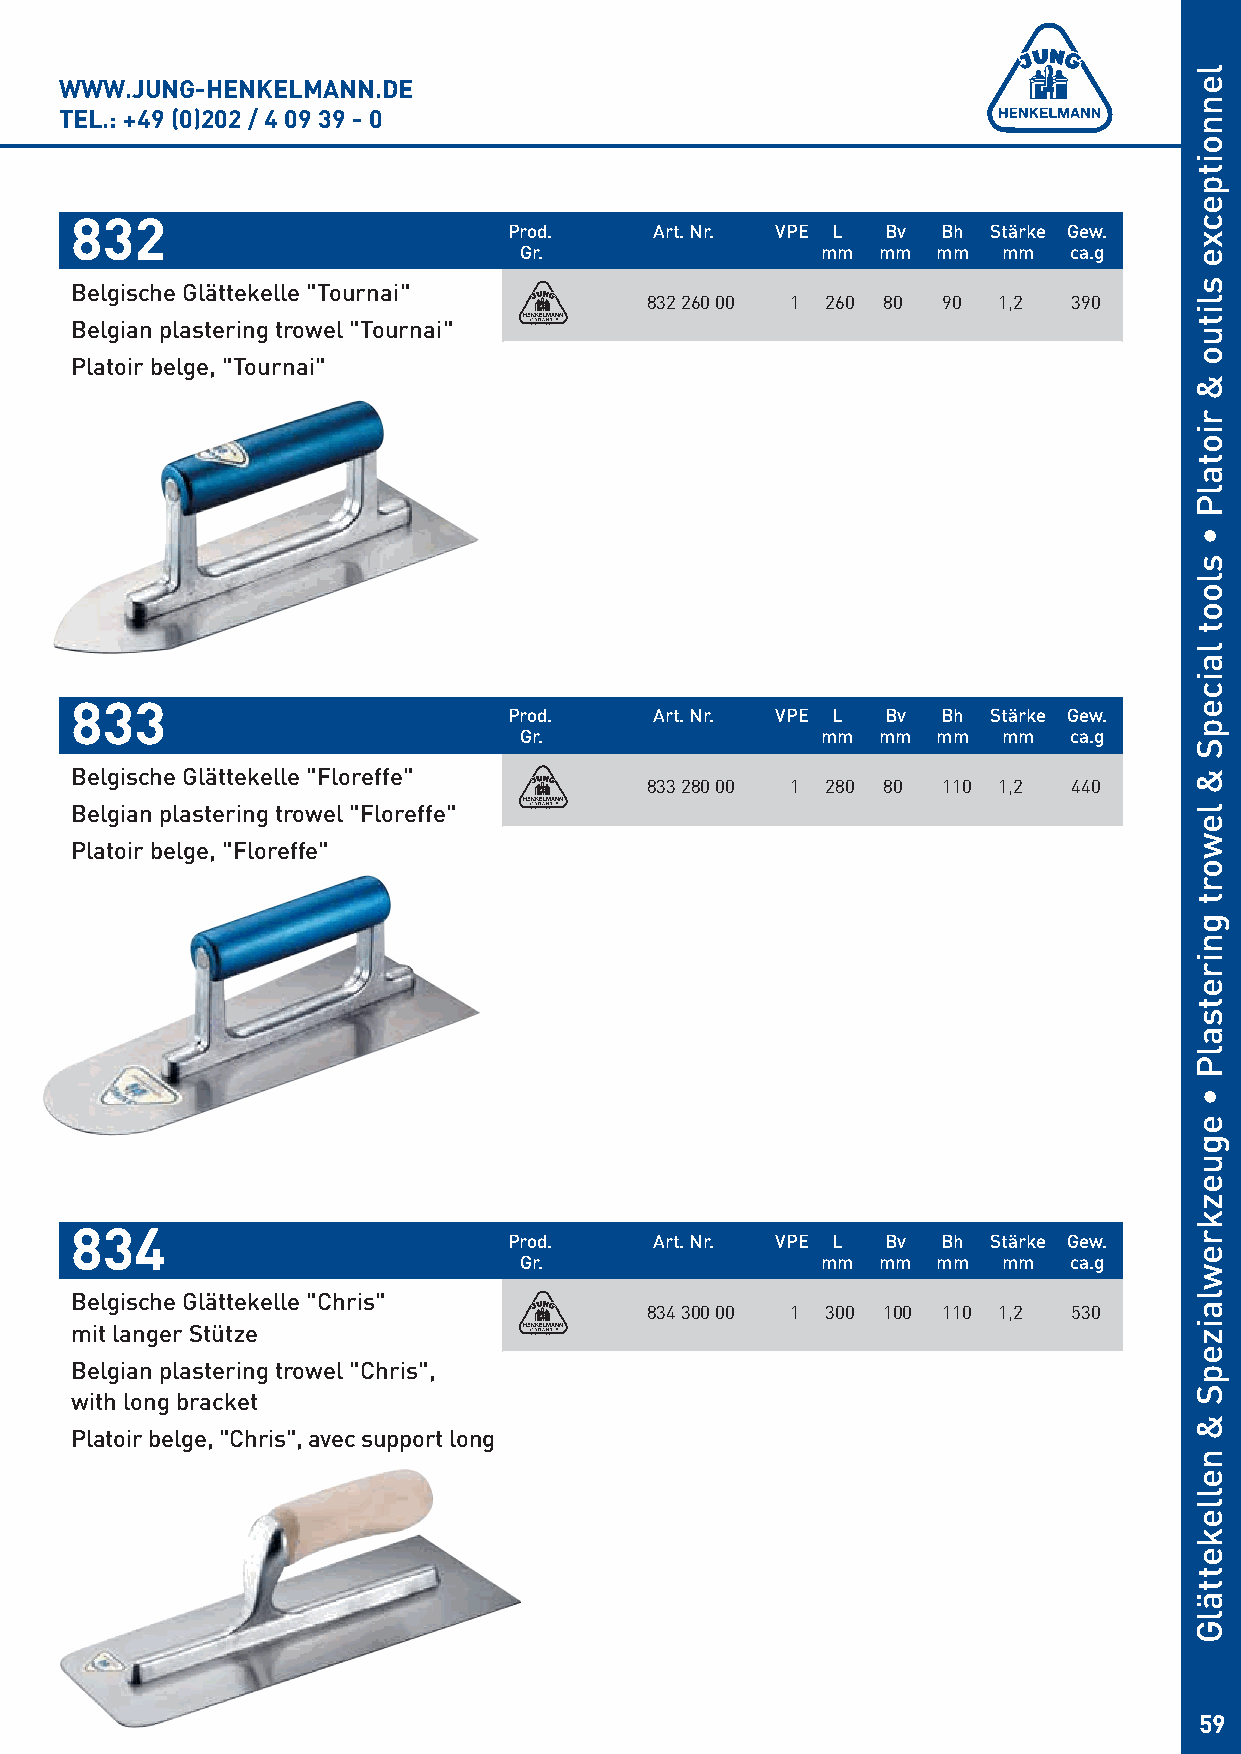
WWW.JUNG-HENKELMANN.DE
 TEL.: +49 (0)202 / 4 09 39 - 0
 832
 Prod.    Art. Nr. VPE L  Bv Bh  Stärke Gew.
 Gr.                 mm  mm  mm  mm   ca.g
 Belgische Glättekelle "Tournai"
 832 260 00 1 260 80 90 1,2  390
 Belgian plastering trowel "Tournai"
 Platoir belge, "Tournai"
 833
 Prod.    Art. Nr. VPE L  Bv Bh  Stärke Gew.
 Gr.                 mm  mm  mm  mm   ca.g
 Belgische Glättekelle "Floreffe"
 833 280 00 1 280 80 110 1,2 440
 Belgian plastering trowel "Floreffe"
 Platoir belge, "Floreffe"
 834
 Prod.    Art. Nr. VPE L  Bv Bh  Stärke Gew.
 Gr.                 mm  mm  mm  mm   ca.g
 Belgische Glättekelle "Chris"
 834 300 00 1 300 100 110 1,2 530
 mit langer Stütze
 Belgian plastering trowel "Chris",
 with long bracket
 Platoir belge, "Chris", avec support long
 59
 lennoitpecxe
 slituo
 &
 riotalP
 •
 sloot
 laicepS
 &
 lewort
 gniretsalP
 •
 eguezkrewlaizepS
 &
 nellekettälG